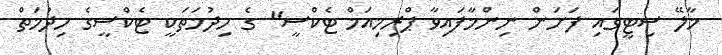
މާލޭ ސިޓީގައި ފަށަން ނިންމާފައިވާ ޕްރިމިއަމް ޓެކްސީ" ގެ ހިދުމަތަކީ ޓެކްސީގެ ހިދުމަތް